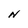
Character: N